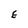
Character: E